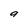
Character: a